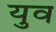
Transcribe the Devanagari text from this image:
युव